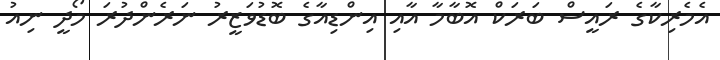
އެމެރިކާގެ ރައީސް ބަރަކް އޮބާމާ އާއި އިންޑިއާގެ ބޮޑުވަޒީރު ނަރެންދުރަ މޯދީ ނިއު